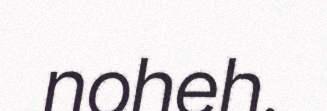
noheh.